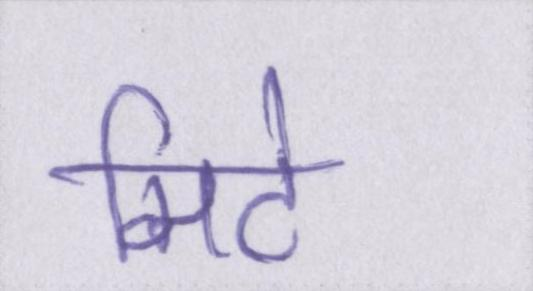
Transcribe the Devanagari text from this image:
मिटे